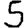
Digit: 5